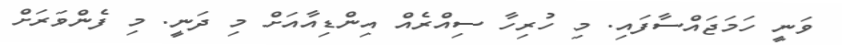
ވަނީ ހަމަޖައްސާފައި. މި ހުރިހާ ސިއްރެއް އިންޑިއާއަށް މި ދަނީ. މި ފެންވަރަށް